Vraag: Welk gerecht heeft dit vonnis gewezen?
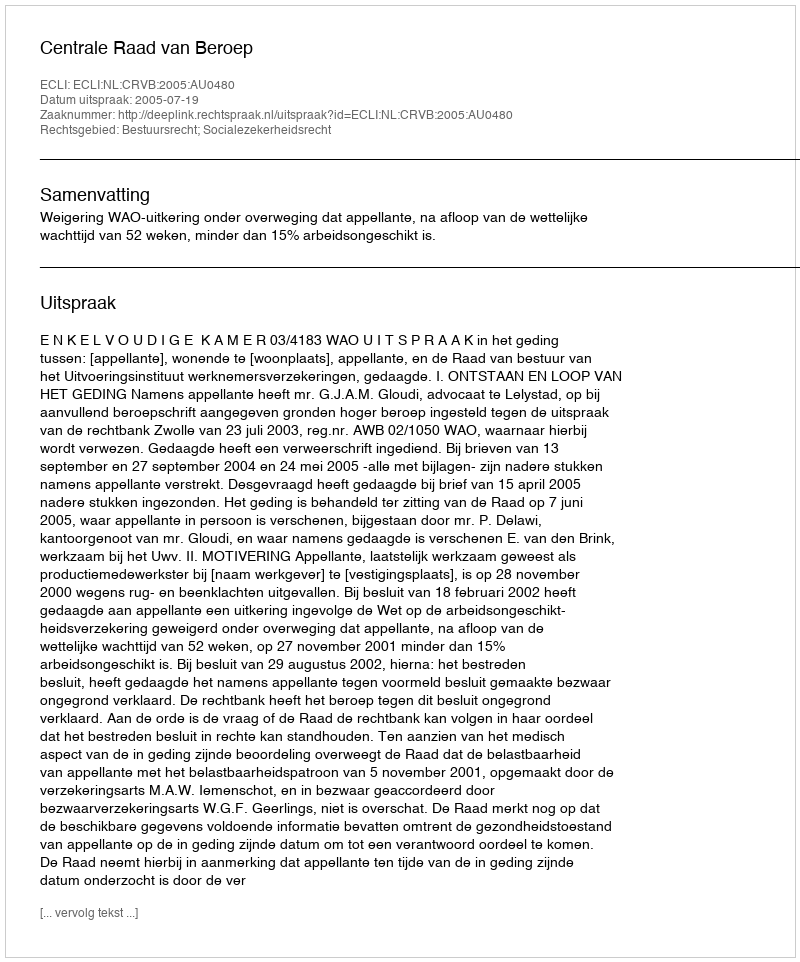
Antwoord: Centrale Raad van Beroep